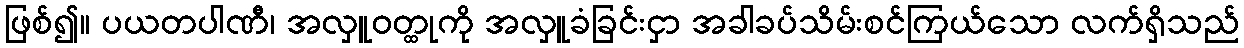
ဖြစ်၍။ ပယတပါဏီ၊ အလှူဝတ္ထုကို အလှူခံခြင်းငှာ အခါခပ်သိမ်းစင်ကြယ်သော လက်ရှိသည်